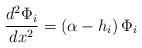
LaTeX: \begin{align*}{d^2\Phi _i\over dx^2} = (\alpha -h_i)\, \Phi _i\end{align*}